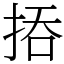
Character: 㧷